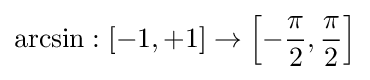
\arcsin :[-1,+1]\rightarrow \left[-{\frac {\pi }{2}},{\frac {\pi }{2}}\right]